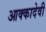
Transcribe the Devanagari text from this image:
आक्कादेवी